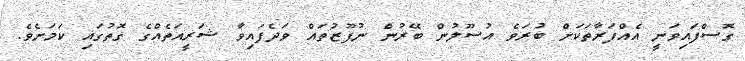
ގޮސްފައިވަނީ އެއްފަރާތަކަށް ބުރަވެ އުސޫލުން ބޭރުން ނުފޫޒުތައް ވަދެފައިވާ ޝަރީއަތެއްގެ ގޮތުގައި ކަމަށެވެ.